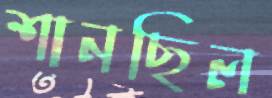
শানছিল